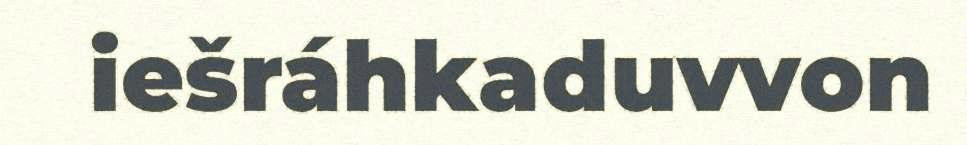
iešráhkaduvvon